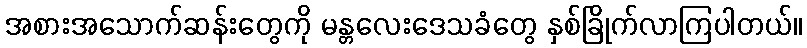
အစားအသောက်ဆန်းတွေကို မန္တလေးဒေသခံတွေ နှစ်ခြိုက်လာကြပါတယ်။